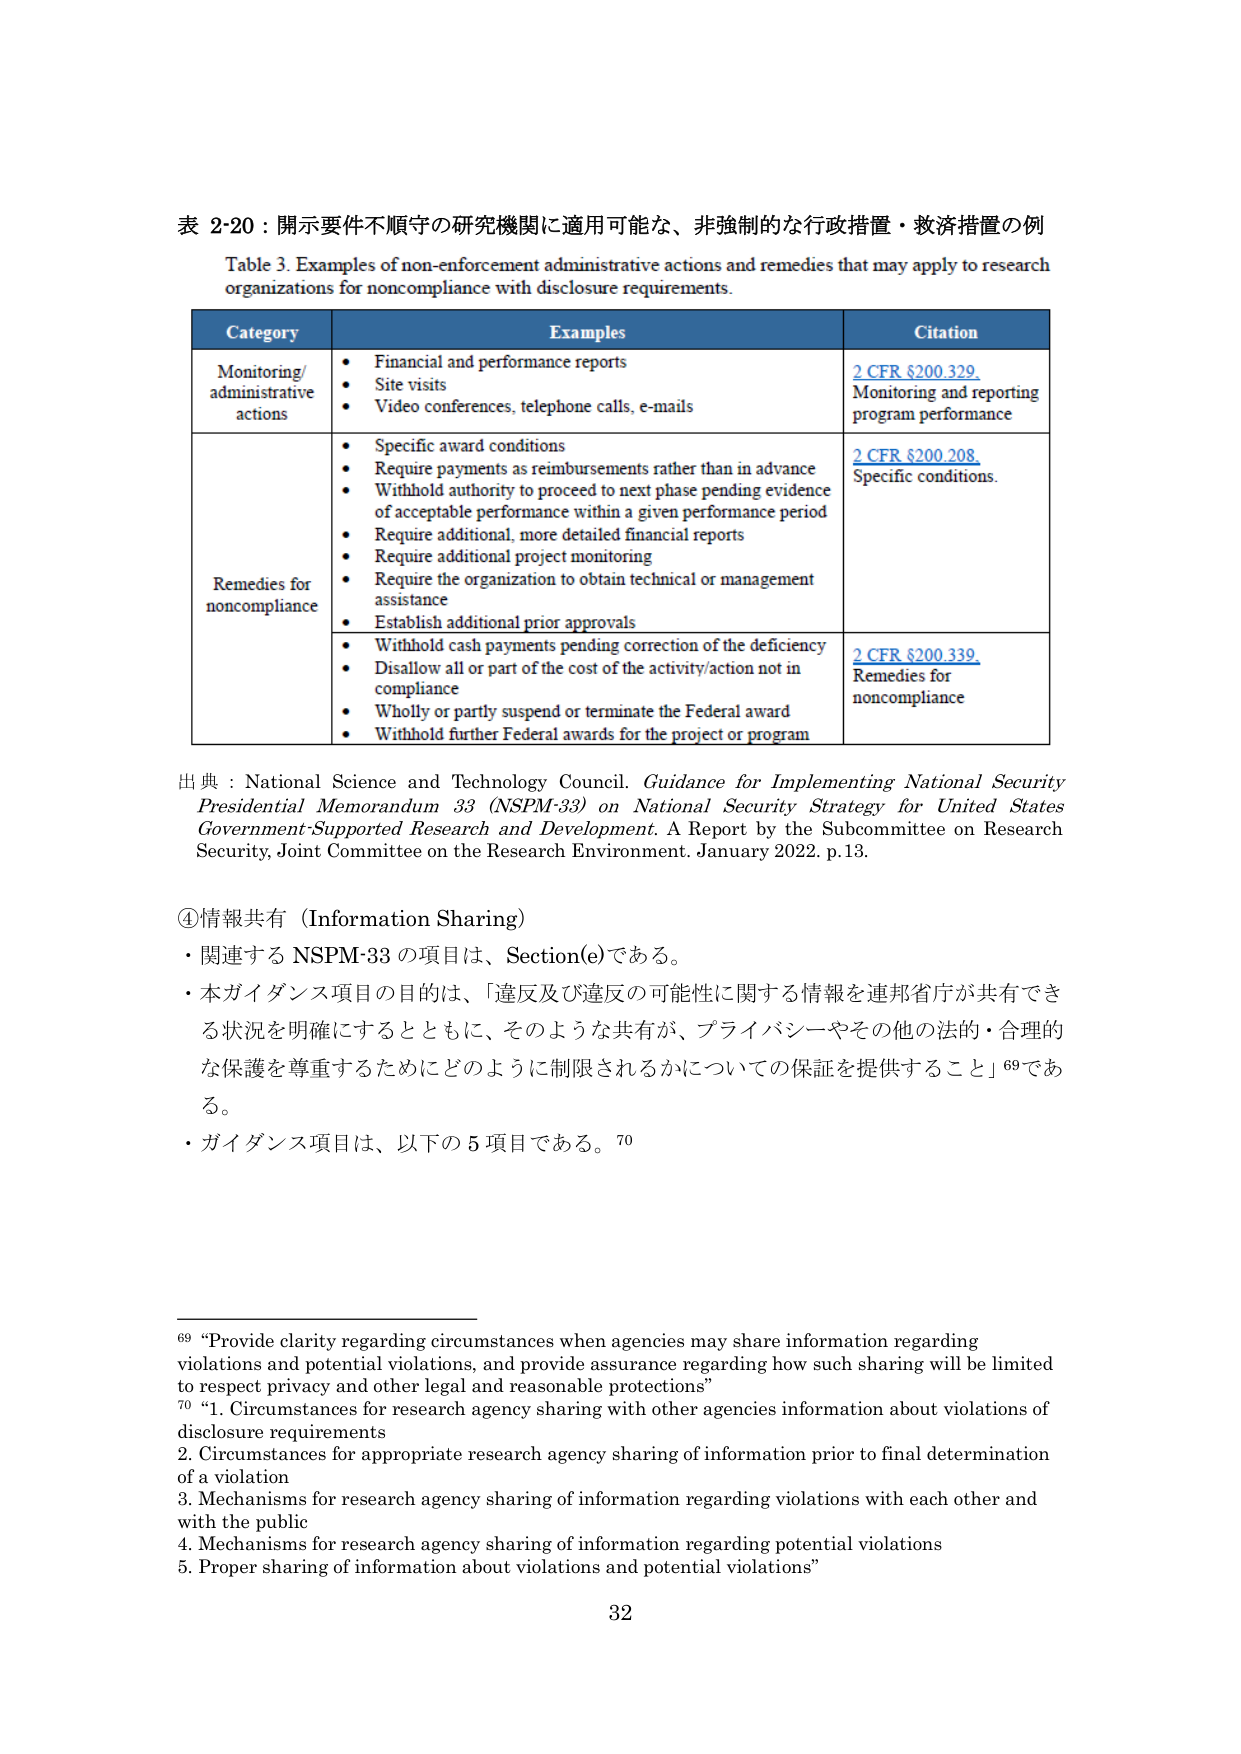
表 2-20：開示要件不順守の研究機関に適用可能な、非強制的な行政措置・救済措置の例
Table 3. Examples of non-enforcement administrative actions and remedies that may apply to research organizations for noncompliance with disclosure requirements.

Category
Monitoring/administrative actions
Remedies for noncompliance

Examples
• Financial and performance reports
• Site visits
• Video conferences, telephone calls, e-mails
• Specific award conditions
• Require payments as reimbursements rather than in advance
• Withhold authority to proceed to next phase pending evidence of acceptable performance within a given performance period
• Require additional, more detailed financial reports
• Require additional project monitoring
• Require the organization to obtain technical or management assistance
• Establish additional prior approvals
• Withhold cash payments pending correction of the deficiency
• Disallow all or part of the cost of the activity/action not in compliance
• Wholly or partly suspend or terminate the Federal award
• Withhold further Federal awards for the project or program

Citation
2 CFR §200.329. Monitoring and reporting program performance
2 CFR §200.208. Specific conditions.
2 CFR §200.339. Remedies for noncompliance

出典：National Science and Technology Council. Guidance for Implementing National Security Presidential Memorandum 33 (NSPM-33) on National Security Strategy for United States Government-Supported Research and Development. A Report by the Subcommittee on Research Security, Joint Committee on the Research Environment. January 2022. p.13.

④情報共有（Information Sharing）
・関連する NSPM-33 の項目は、Section(e)である。
・本ガイダンス項目の目的は、「違反及び違反の可能性に関する情報を連邦省庁が共有できる状況を明確にするとともに、そのような共有が、プライバシーやその他の法的・合理的な保護を尊重するためにどのように制限されるかについての保証を提供すること」69である。
・ガイダンス項目は、以下の 5 項目である。70

69 “Provide clarity regarding circumstances when agencies may share information regarding violations and potential violations, and provide assurance regarding how such sharing will be limited to respect privacy and other legal and reasonable protections”
70 “1. Circumstances for research agency sharing with other agencies information about violations of disclosure requirements
2. Circumstances for appropriate research agency sharing of information prior to final determination of a violation
3. Mechanisms for research agency sharing of information regarding violations with each other and with the public
4. Mechanisms for research agency sharing of information regarding potential violations
5. Proper sharing of information about violations and potential violations”

32